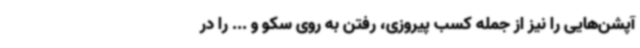
آپشن‌هایی را نیز از جمله کسب پیروزی، رفتن به روی سکو و ... را در